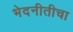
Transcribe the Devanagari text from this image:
भेदनीतीचा